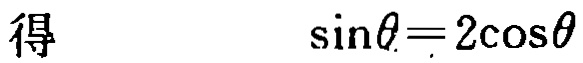
得 \(\sin\theta = 2\cos\theta\)